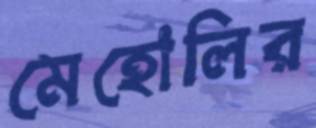
মেহোলির